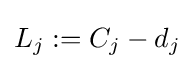
L_{j}:=C_{j}-d_{j}